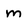
Character: m